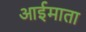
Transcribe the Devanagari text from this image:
आईमाता